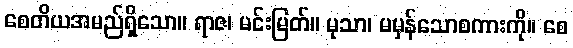
စေတိယအမည်ရှိသော။ ရာဇ၊ မင်းမြတ်။ မုသာ၊ မမှန်သောစကားကို။ စေ